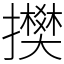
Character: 𢸅